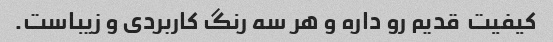
کیفیت  قدیم رو داره و هر سه رنگ کاربردی و زیباست.